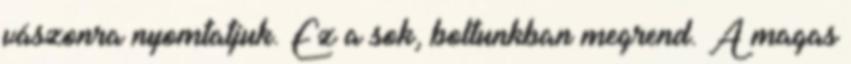
vászonra nyomtatjuk. Ez a sok, boltunkban megrend. A magas